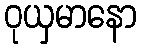
ဝုယှမာနော